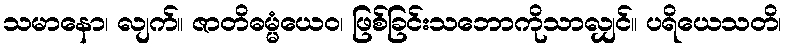
သမာနော၊ လျက်။ ဇာတိဓမ္မံယေဝ၊ ဖြစ်ခြင်းသဘောကိုသာလျှင်။ ပရိယေသတိ၊